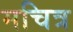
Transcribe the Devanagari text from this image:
मचित्र